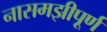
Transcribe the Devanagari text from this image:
नासमझीपूर्ण